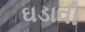
ઘડાવી